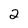
Character: 2